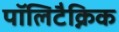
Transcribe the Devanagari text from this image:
पॉलिटैक्निक